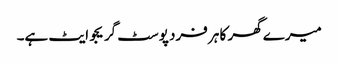
میرے گھر کا ہر فرد پوسٹ گریجوایٹ ہے۔